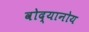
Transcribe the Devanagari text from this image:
वोद्यानोय